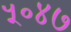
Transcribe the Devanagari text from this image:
५०४७